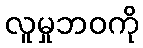
လူမှုဘဝကို